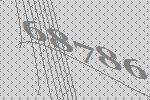
68786